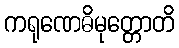
ကရုဏေဓိမုတ္တောတိ